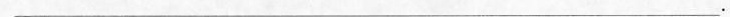
___.